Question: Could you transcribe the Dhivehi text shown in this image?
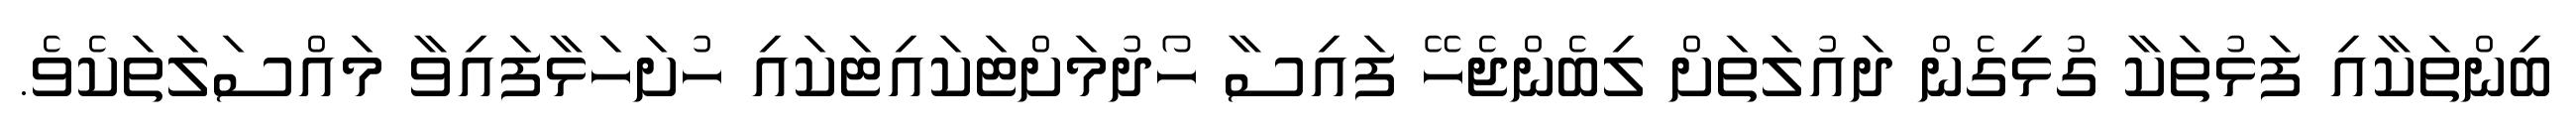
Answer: ބިންތަކާއި ފަޅުތަކާ ގުޅިގެން ދައުލަތަށް ލިބެންޖެހޭ ފައިސާ ހޯދުމަށްޓަކައިޓަކައި ހުށަހަޅާފައިވާ މައްސަލަތަކެވެ.